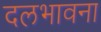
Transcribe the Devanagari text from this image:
दलभावना